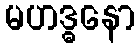
မဟဒ္ဓနော